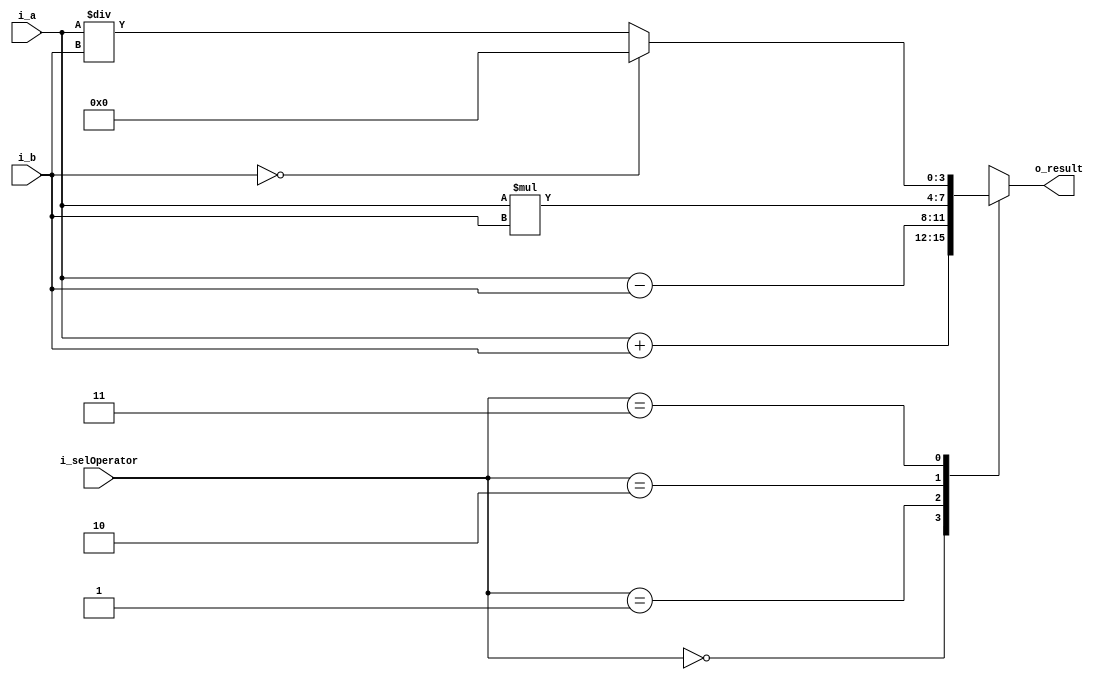
`timescale 1ns / 1ps


module SimpleCalculator(
    input [3:0] i_a, i_b,
    input [1:0] i_selOperator,

    output [3:0] o_result
    );

    reg [3:0] r_result;

    assign o_result = r_result;

    always @(*) begin       //* -->    
        case (i_selOperator)
            2'b00 : r_result = i_a + i_b;
            2'b01 : r_result = i_a - i_b;
            2'b10 : r_result = i_a * i_b;
            2'b11 : begin
                if(i_b == 0)
                r_result = 0;
                else r_result = i_a / i_b;
            end
        endcase
    end

endmodule